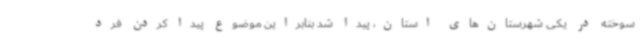
سوخته در یکی شهرستان‌های استان، پیدا شد بنابراین موضوع پیدا کردن فرد